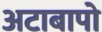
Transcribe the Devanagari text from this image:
अटाबापो